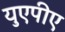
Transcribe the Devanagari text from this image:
युएपीए